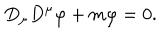
LaTeX: D _ { \mu } D ^ { \mu } \varphi + m \varphi = 0 .